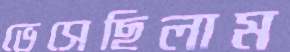
ভেসেছিলাম